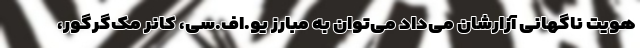
هویتِ ناگهانی آزارشان می‌داد می‌توان به مبارز یو.اف.سی، کانر مک‌گرگور،